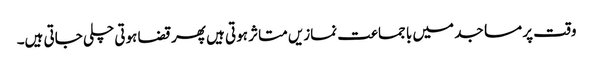
وقت پر مساجد میں با جماعت نمازیں متاثر ہوتی ہیں پھر قضا ہوتی چلی جاتی ہیں۔